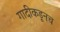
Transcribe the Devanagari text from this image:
गादीकडूनच